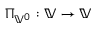
\Pi _ { \mathbb { V } ^ { 0 } } : \mathbb { V } \to \mathbb { V }